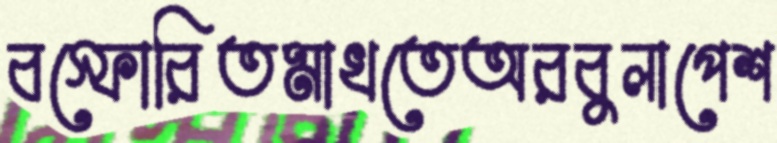
বস্ফোরিতমাখতেঅরবুলাপেশ